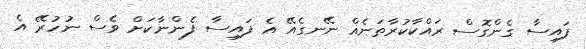
ފައިސާ ގެންގޮސް ރައްކާކުރާތަނެއް ނޭނގެއޭ އެ ފައިސާ ފެންނާކަށް ވެސް ނުހުރޭ އެ